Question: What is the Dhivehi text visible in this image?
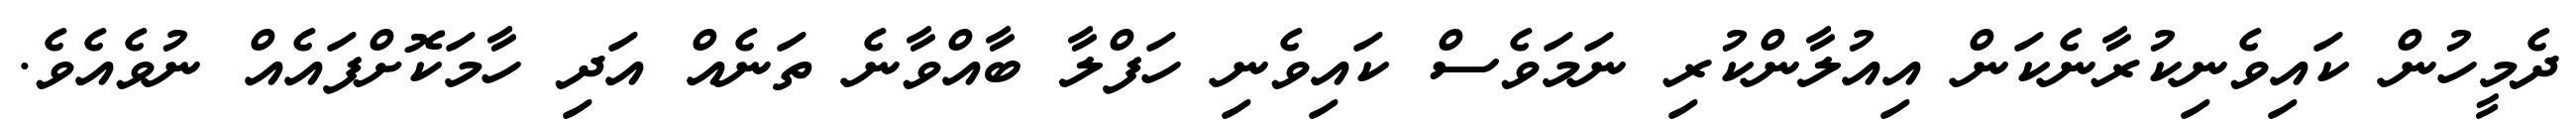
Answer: ދެމީހުން ކައިވެނިކުރާނެކަން އިއުލާންކުރި ނަމަވެސް ކައިވެނި ހަފްލާ ބާއްވާނެ ތަނެއް އަދި ހާމަކޮށްފައެއް ނުވެއެވެ.